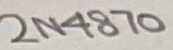
Text: 2N4870